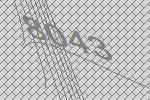
8043